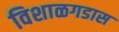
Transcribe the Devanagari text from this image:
विशाळगडास